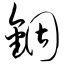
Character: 锢